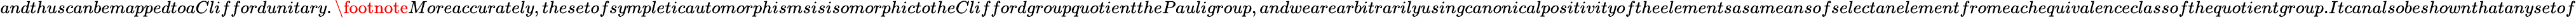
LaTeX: andthuscanbemappedtoaCliffordunitary.\footnote{Moreaccurately,thesetofsympleticautomorphismsisisomorphictotheCliffordgroupquotientthePauligroup,andwearearbitrarilyusingcanonicalpositivityoftheelementsasameansofselectanelementfromeachequivalenceclassofthequotientgroup.}Itcanalsobeshownthatanysetof